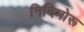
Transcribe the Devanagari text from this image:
निदिमोरू